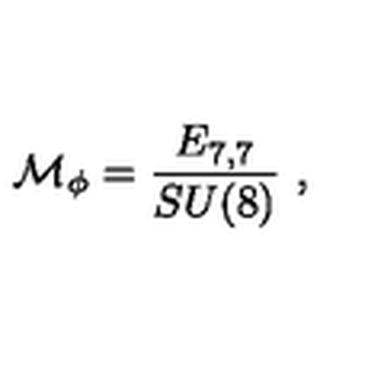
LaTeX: { \cal M } _ { \phi } = \frac { E _ { 7 , 7 } } { S U ( 8 ) } \ ,